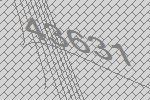
43631